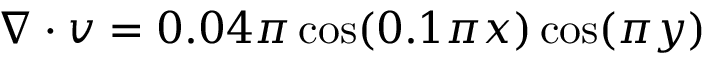
\nabla \cdot { \boldsymbol v } = 0 . 0 4 \pi \cos ( 0 . 1 \pi x ) \cos ( \pi y )